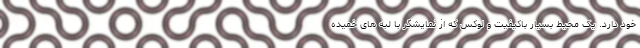
خود دارد. یک محیط بسیار باکیفیت و لوکس که از نمایشگر با لبه های خمیده